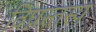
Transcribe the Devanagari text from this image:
विघ्नस्तस्य